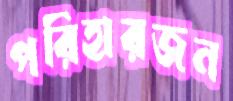
পরিহারজন